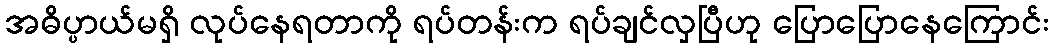
အဓိပ္ပာယ်မရှိ လုပ်နေရတာကို ရပ်တန်းက ရပ်ချင်လှပြီဟု ပြောပြောနေကြောင်း